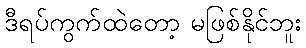
ဒီရပ်ကွက်ထဲတော့ မဖြစ်နိုင်ဘူး